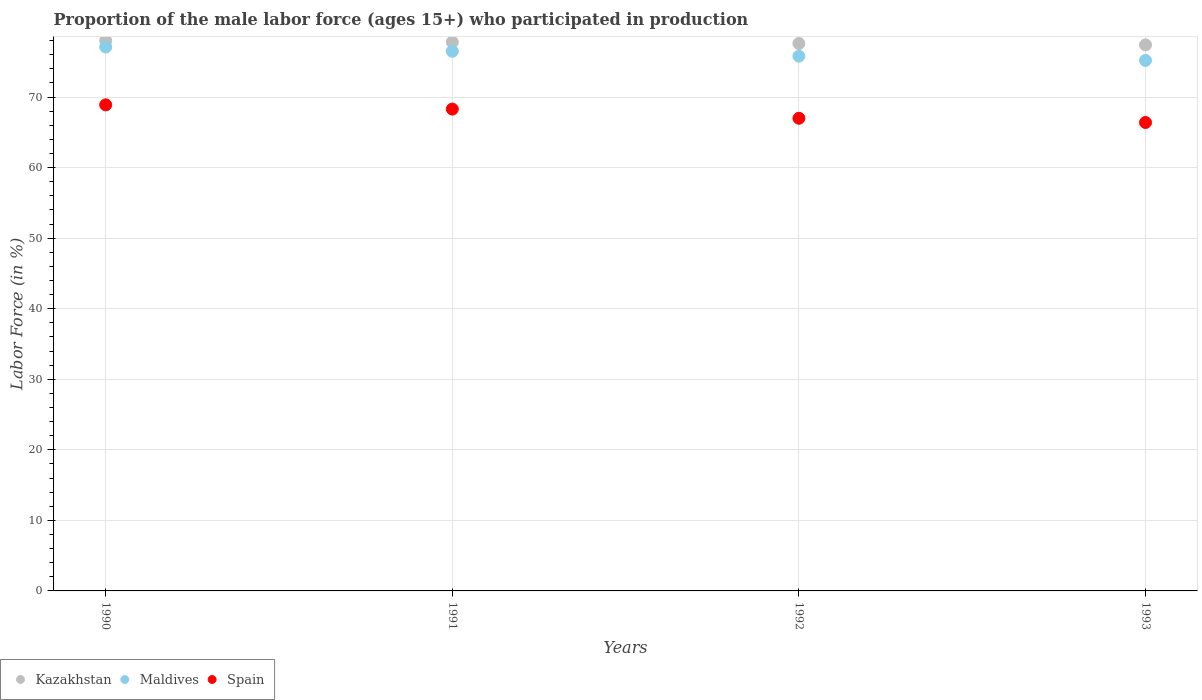
| Years | Kazakhstan | Maldives | Spain |
 | --- | --- | --- | --- |
 | 1990 | 78 | 77.1 | 68.9 |
 | 1991 | 77.8 | 76.5 | 68.3 |
 | 1992 | 77.6 | 75.8 | 67 |
 | 1993 | 77.4 | 75.2 | 66.4 |